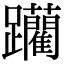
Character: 躪